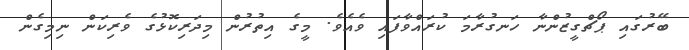
ބޭރުގައި ޕޯޗްގީޒުންނާ ހަނގުރާމަ ކުރައްވާފައި ވެއެވެ. މީގެ އިތުރުން މިދަރިކޮޅުގެ ވެރިކަން ނިމިގެން